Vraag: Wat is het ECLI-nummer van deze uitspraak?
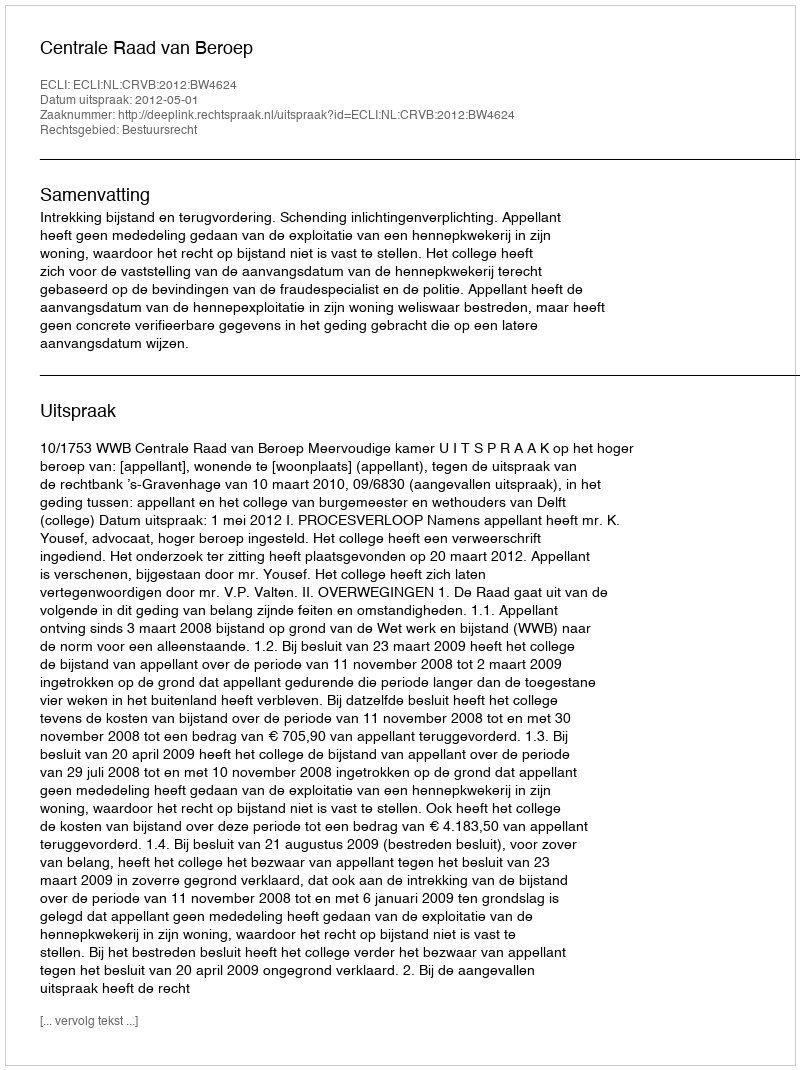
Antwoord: ECLI:NL:CRVB:2012:BW4624